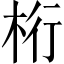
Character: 桁